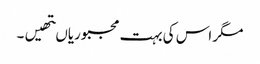
مگر اس کی بہت مجبوریاںتھیں۔